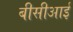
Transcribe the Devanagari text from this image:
बीसीआई